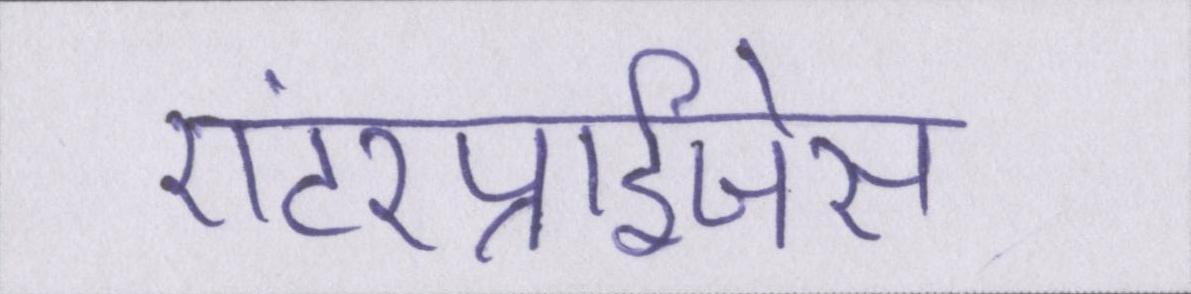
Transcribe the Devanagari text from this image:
एंटरप्राईजेस